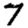
Digit: 7